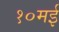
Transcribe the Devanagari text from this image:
१०मई